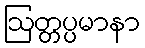
ဩတ္တပ္ပမာနာ